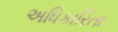
અધિકારિતા